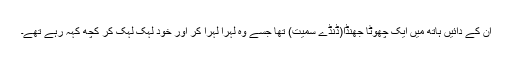
ان کے دائیں ہاتھ میں ایک چھوٹا جھنڈا(ڈنڈے سمیت) تھا جسے وہ لہرا لہرا کر اور خود لہک لہک کر کچھ کہہ رہے تھے۔